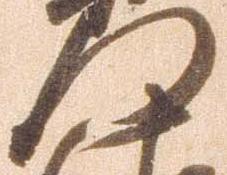
門